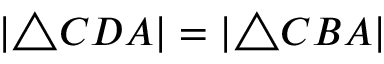
| \triangle C D A | = | \triangle C B A |